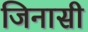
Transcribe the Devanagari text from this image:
जिनासी